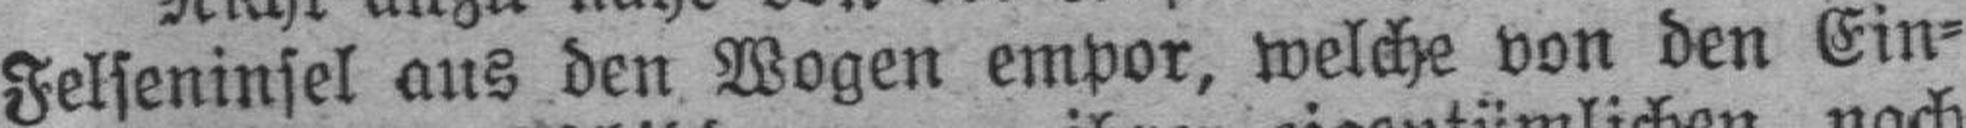
Felseninsel aus den Wogen empor, welche von den Ein¬